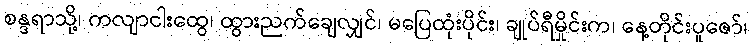
စန္ဒရာသို့၊ ကလျာငါးထွေ၊ ထွားညက်ချေလျှင်၊ မပြေထုံးပိုင်း၊ ချုပ်ရီမှိုင်းက၊ နေ့တိုင်းပူဇော်၊